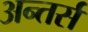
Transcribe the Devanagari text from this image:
अन्तर्स